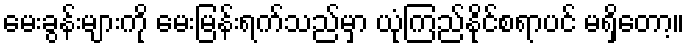
မေးခွန်းများကို မေးမြန်းရက်သည်မှာ ယုံကြည်နိုင်စရာပင် မရှိတော့။